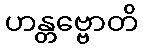
ဟန္တဗ္ဗောတိ